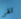
تقر